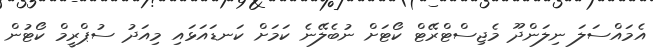
އެމައްސަލަ ނިލަންދޫ މެޖިސްޓްރޭޓް ކޯޓަށް ނުބެލޭނެ ކަމަށް ކަނޑައަޅައި މިއަދު ސުޕްރީމް ކޯޓުން